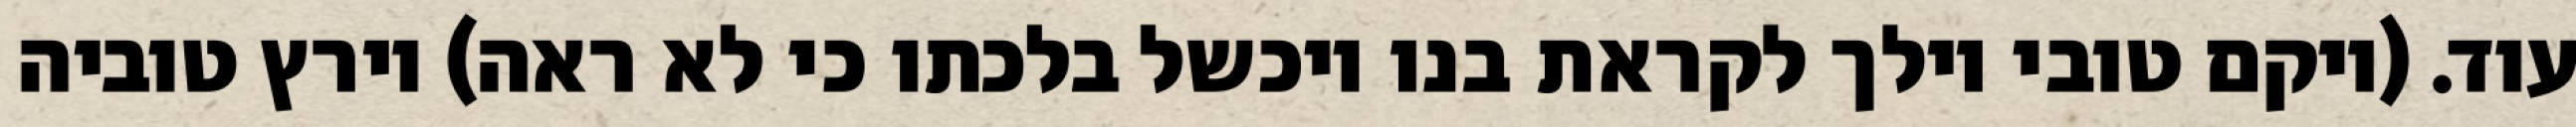
עוד. (ויקם טובי וילך לקראת בנו ויכשל בלכתו כי לא ראה) וירץ טוביה